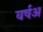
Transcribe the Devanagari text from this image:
वर्षअ